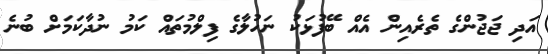
އަދި ޖަޖުންގެ ތެރެއިން އެއް ބޭފުޅަކު ނަހުލާގެ ފިލްމުތައް ކަމު ނުދާކަމަށް ބުނެ